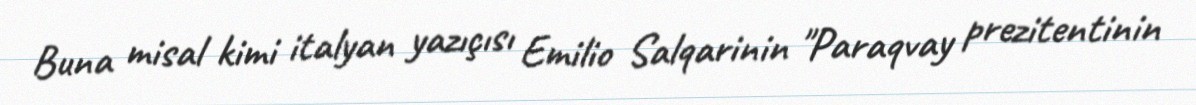
Buna misal kimi italyan yazıçısı Emilio Salqarinin "Paraqvay prezitentinin